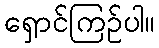
ရှောင်ကြဉ်ပါ။